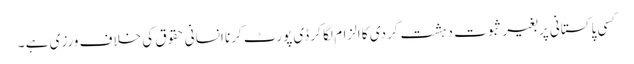
کسی پاکستانی پر بغیر ثبوت دہشت گردی کا الزام لگا کر ڈی پورٹ کرنا انسانی حقوق کی خلاف ورزی ہے ۔